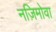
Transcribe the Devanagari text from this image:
नज़िमोवा